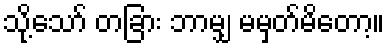
သို့သော် တခြား ဘာမျှ မမှတ်မိတော့။